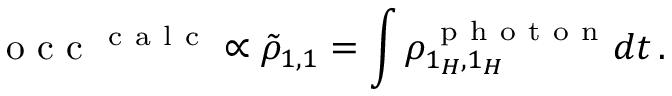
\mathrm { ~ o ~ c ~ c ~ } ^ { \mathrm { ~ c ~ a ~ l ~ c ~ } } \propto \tilde { \rho } _ { 1 , 1 } = \int \rho _ { 1 _ { H } , 1 _ { H } } ^ { \mathrm { ~ p ~ h ~ o ~ t ~ o ~ n ~ } } d t \, .